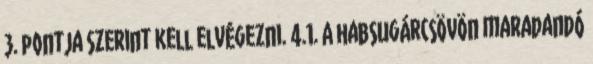
3. pontja szerint kell elvégezni. 4.1. A habsugárcsövön maradandó